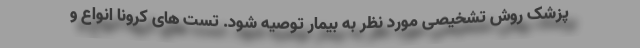
پزشک روش تشخیصی مورد نظر به بیمار توصیه شود. تست های کرونا انواع و